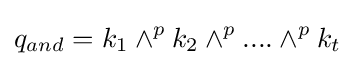
q_{and}=k_{1}\land ^{p}k_{2}\land ^{p}....\land ^{p}k_{t}